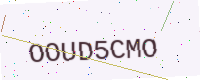
Text: OOUD5CMO